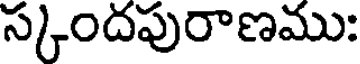
స్కందపురాణము: